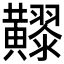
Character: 𪏧